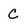
Character: C